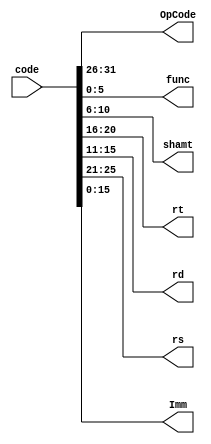
`timescale 1ns / 1ps


module GetCode(
    input [31:0]code,
    output[5:0]OpCode,func,
    output[4:0]shamt,rt,rd,rs,
    output[15:0]Imm
    );
    

    assign Imm=code[15:0];
    assign func=code[5:0];
    assign shamt=code[10:6];
    assign rd=code[15:11];
    assign rt=code[20:16];
    assign rs=code[25:21];
    assign OpCode=code[31:26];

endmodule